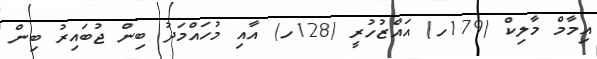
އިމާމް މާލިކް (179ހ) އައްޒުހުރީ (128ހ) އާއި މުހައްމަދު ބިން ޖުބައިރު ބިން